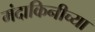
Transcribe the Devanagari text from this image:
मंदाकिनीच्या